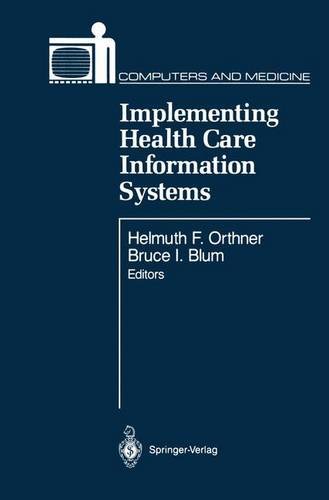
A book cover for Implementing Health Care Information Systems (Computers and Medicine); Medical Books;